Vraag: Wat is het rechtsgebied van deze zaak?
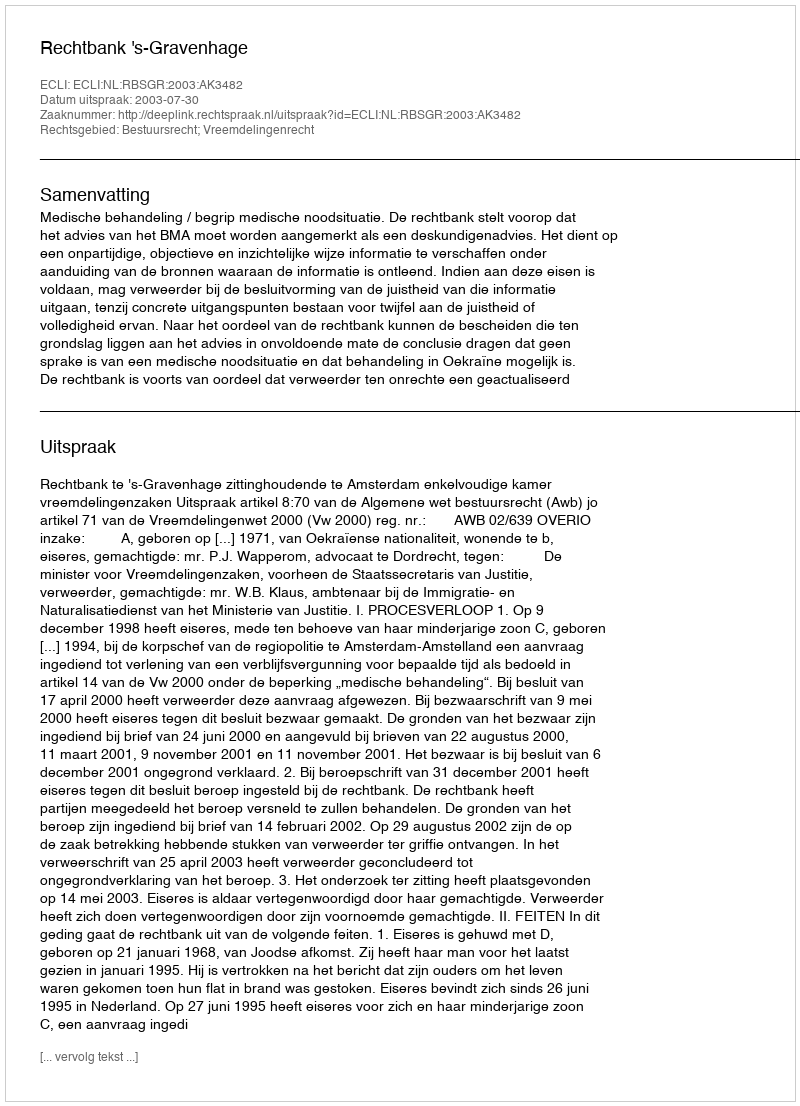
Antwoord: Bestuursrecht; Vreemdelingenrecht